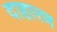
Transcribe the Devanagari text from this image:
दाहारण